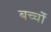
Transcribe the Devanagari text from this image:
बच्चोंं